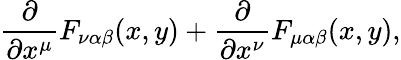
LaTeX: \frac{\partial}{\partial x^{\mu}}F_{\nu\alpha\beta}(x,y)+\frac{\partial}{\partial x^{\nu}}F_{\mu\alpha\beta}(x,y),